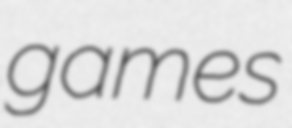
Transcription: games